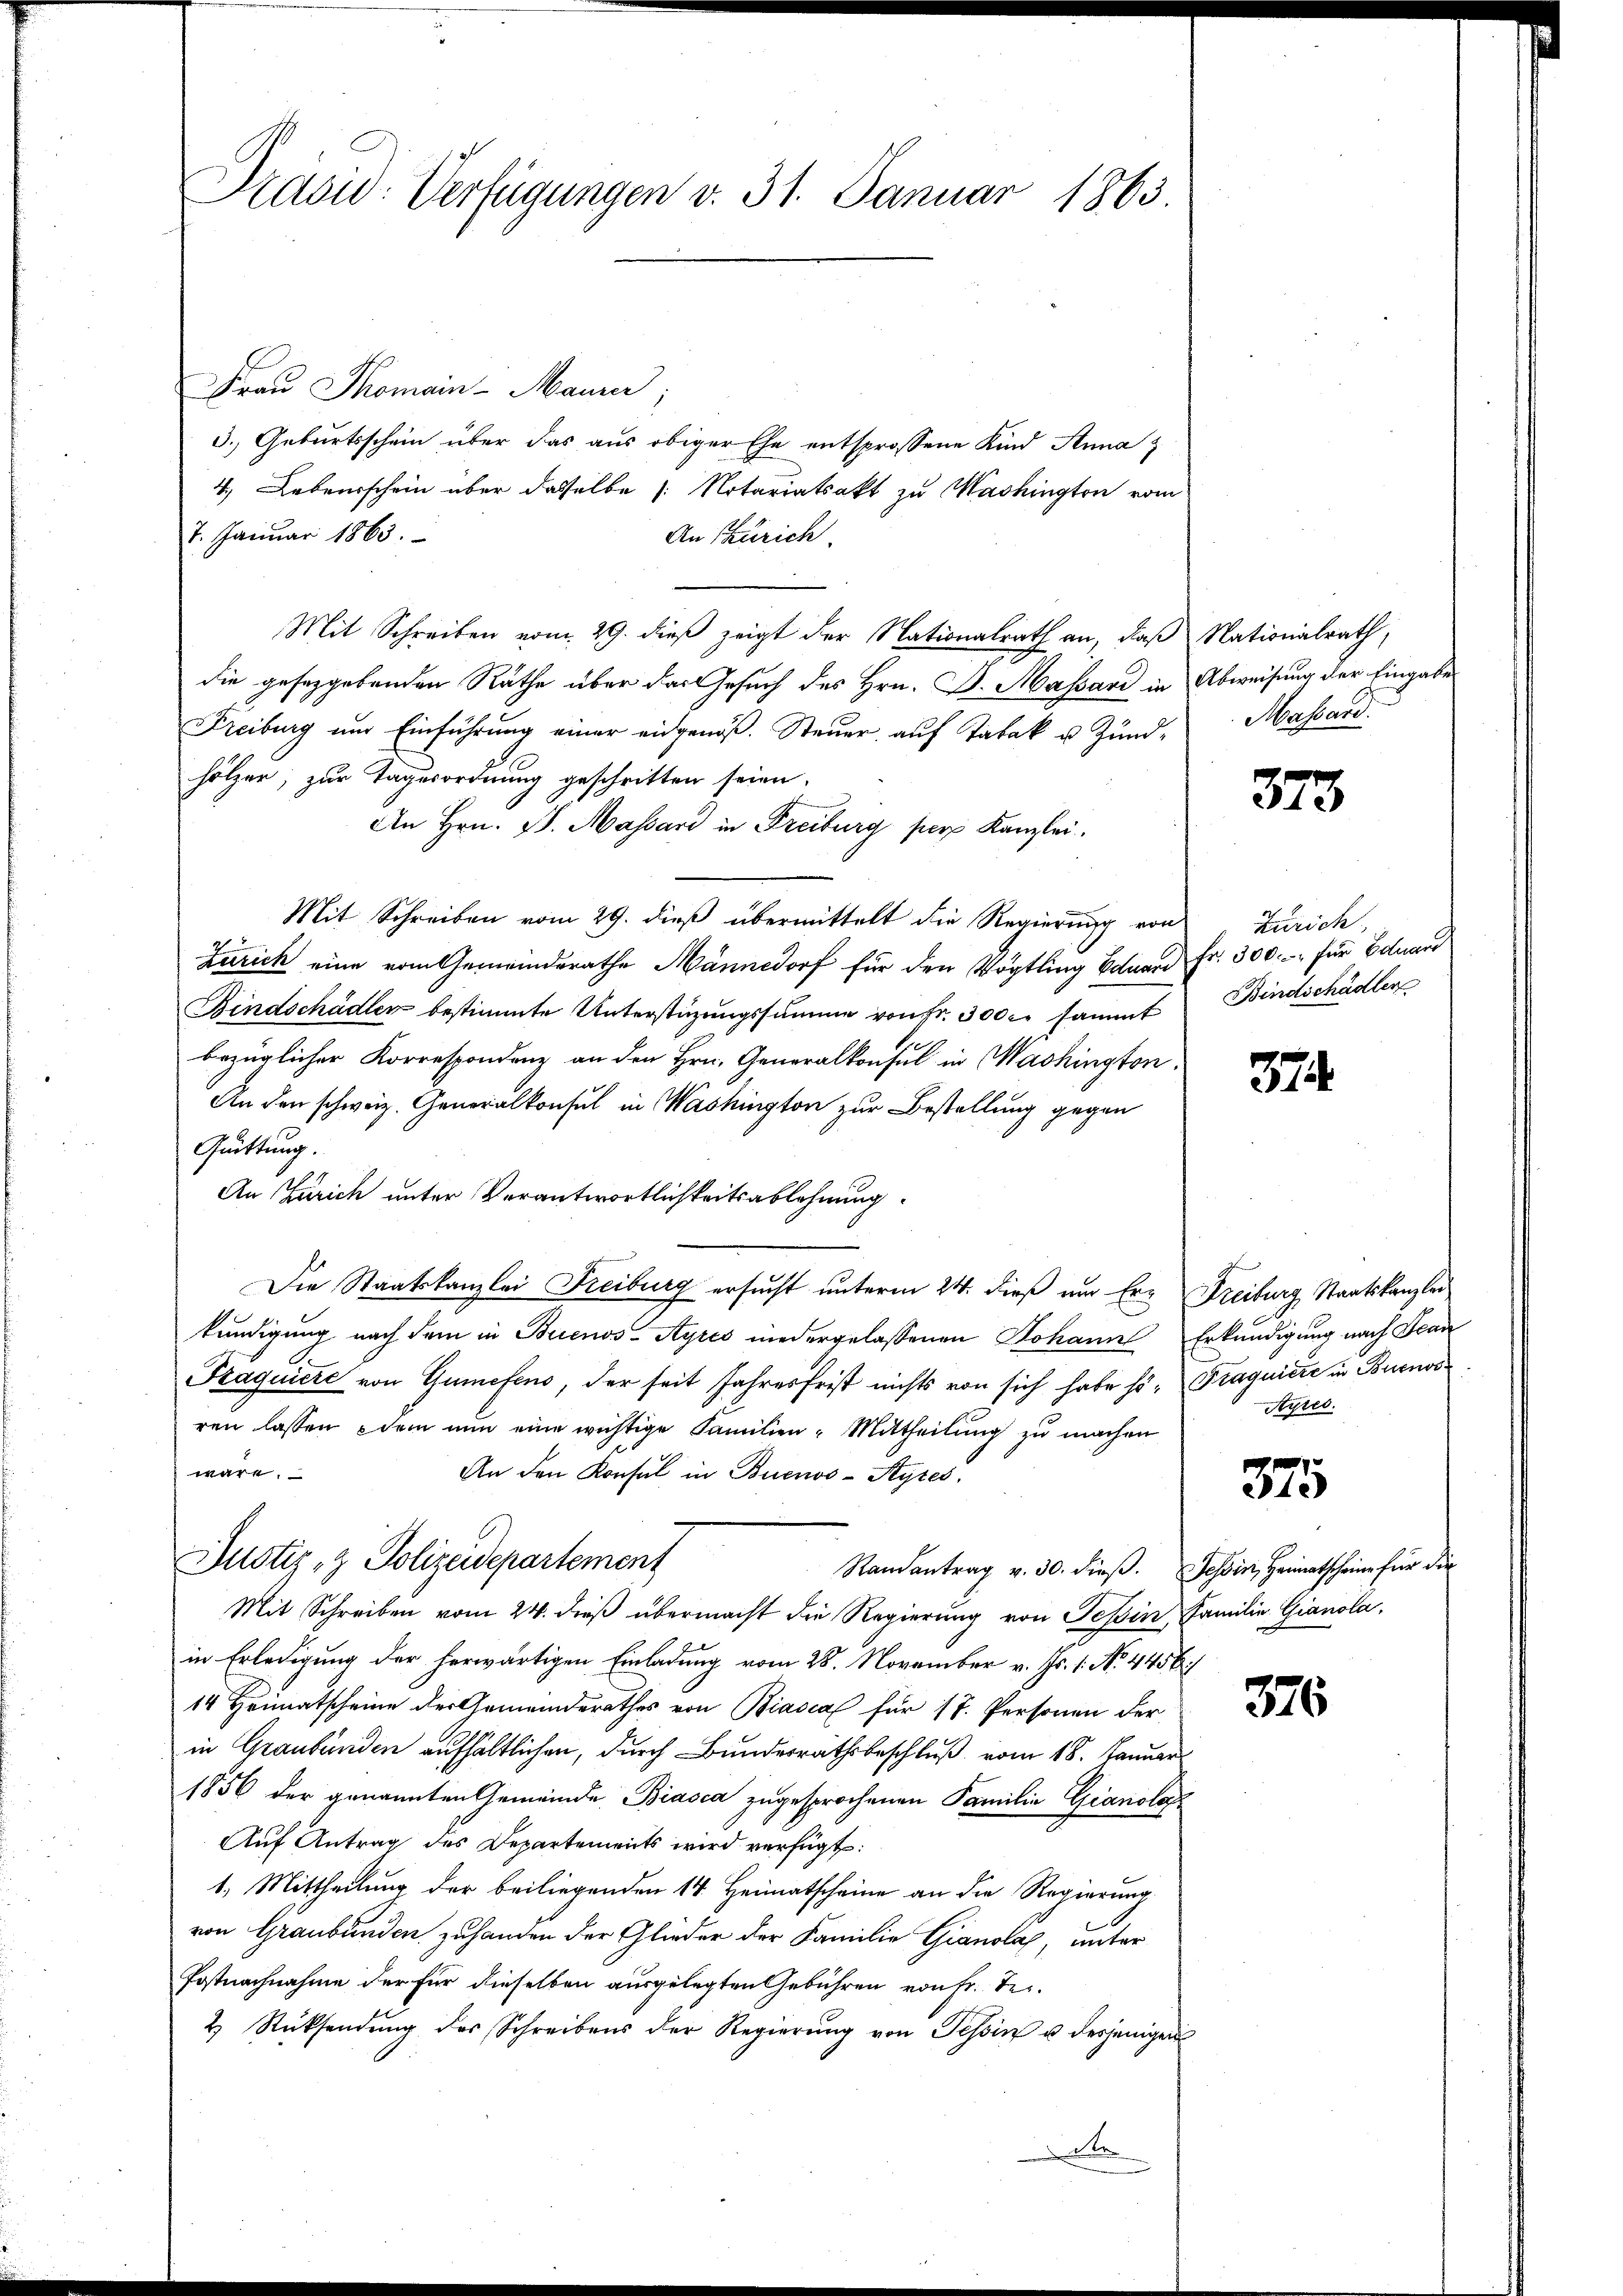
Präsid. Verfügungen v. 31. Januar 1863.

Frau Thomain-Maurer
3.) Geburtsschein über das aus obiger Ehe entsprossene Kind Anna z
4.) Lebensschein über dasselbe (Notariatsakt zu Mashington vom
7. Januar 1863.
An Zürich.
Mit Schreiben vom 29. dieß zeigt der Nationalrath an, daß Nationalrath,
die gesetzgebenden Rathe über das Gesuch des Hrn. D. Massard in Abweisung der Eingabe
Freiburg und Einführung einer eidgenöß. Steuer, auf Tabak u. Zundhölzer, zur Tagesordnung geschritten seien.
An Hrn. P. Massard in Freiburg per Kanzlei.
Mit Schreiben vom 29. dieß übermittelt die Regierung von
Zürich eine vom Gemeindsrathe Männedorf für den Vögtling Bonard Fr. 300.- für Eduard
Bindschädler bestimmte Unterstüzungssumme von Fr. 300 r. sammt
bezüglicher Korrespondenz an den Hrn. Generalkonsul in Washington.
An den schweiz. Generalkonsul in Washington zur Bestellung gegen
Guittung.
An Zürich unter Verantwortlichkeitsablehnung.
Die Staatskanzlei Freiburg ersucht unterm 24. dieß um Er- Freiburg Staatskanzler
kundigung nach dem in Buenos-Ayres niedergelassenen Johann Erkundigung nach Jean
Praquicke von Gumefens, der seit Jahresfrist nichts von sich habe so, Traguiere in Buenos
ren lassen, dem nun eine wichtige Familien - Mittheilung zu machen
wäre.
An den Konsul in Buenos-Ayres,
Justiz- & Polizeidepartement
Randantrag v. 30. dieβ. Tessin, Heimatscheine für die
Mit Schreiben vom 24. dieß übermacht die Regierung von Tessin, Familie Gianola,
in Erledigung der herwärtigen Einladung vom 28. November v. Js. 1. No. 4456
14 Heimatscheine der Gemeinderathes von Biascal für 17. Personen der
in Graubünden aufhältlichen, durch Bundesrathsbeschluß vom 18. Januar
1856 der genannten Gemeinde Biasca zugesprochenen Familie Gianola
Auf Antrag des Departements wird verfügt:
1. Mittheilung der beiliegenden 14 Heimatscheine an die Regierung
von Graubünden zuhanden der Glieder der Familie Gianola, unter
Postnachnahme der für dieselben ausgelegten Gebühren von Fr. Tei-
2 Rücksendŭng des Schreibens der Regierŭng von Tessin u derjeniger
de

Massard.

373

Zürich,
Bindschädler

374

Ayres.

375

376